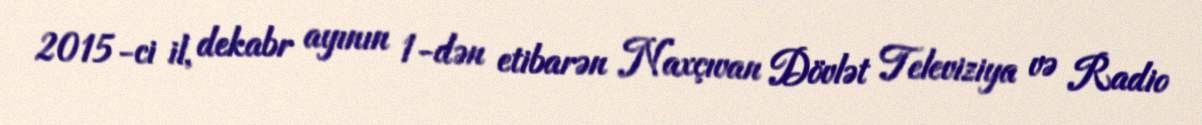
2015-ci il, dekabr ayının 1-dən etibarən Naxçıvan Dövlət Televiziya və Radio